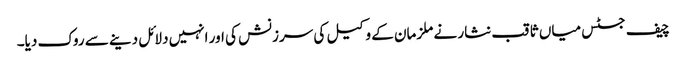
چیف جسٹس میاں ثاقب نثار نے ملزمان کے وکیل کی سرزنش کی اور انہیں دلائل دینے سے روک دیا۔